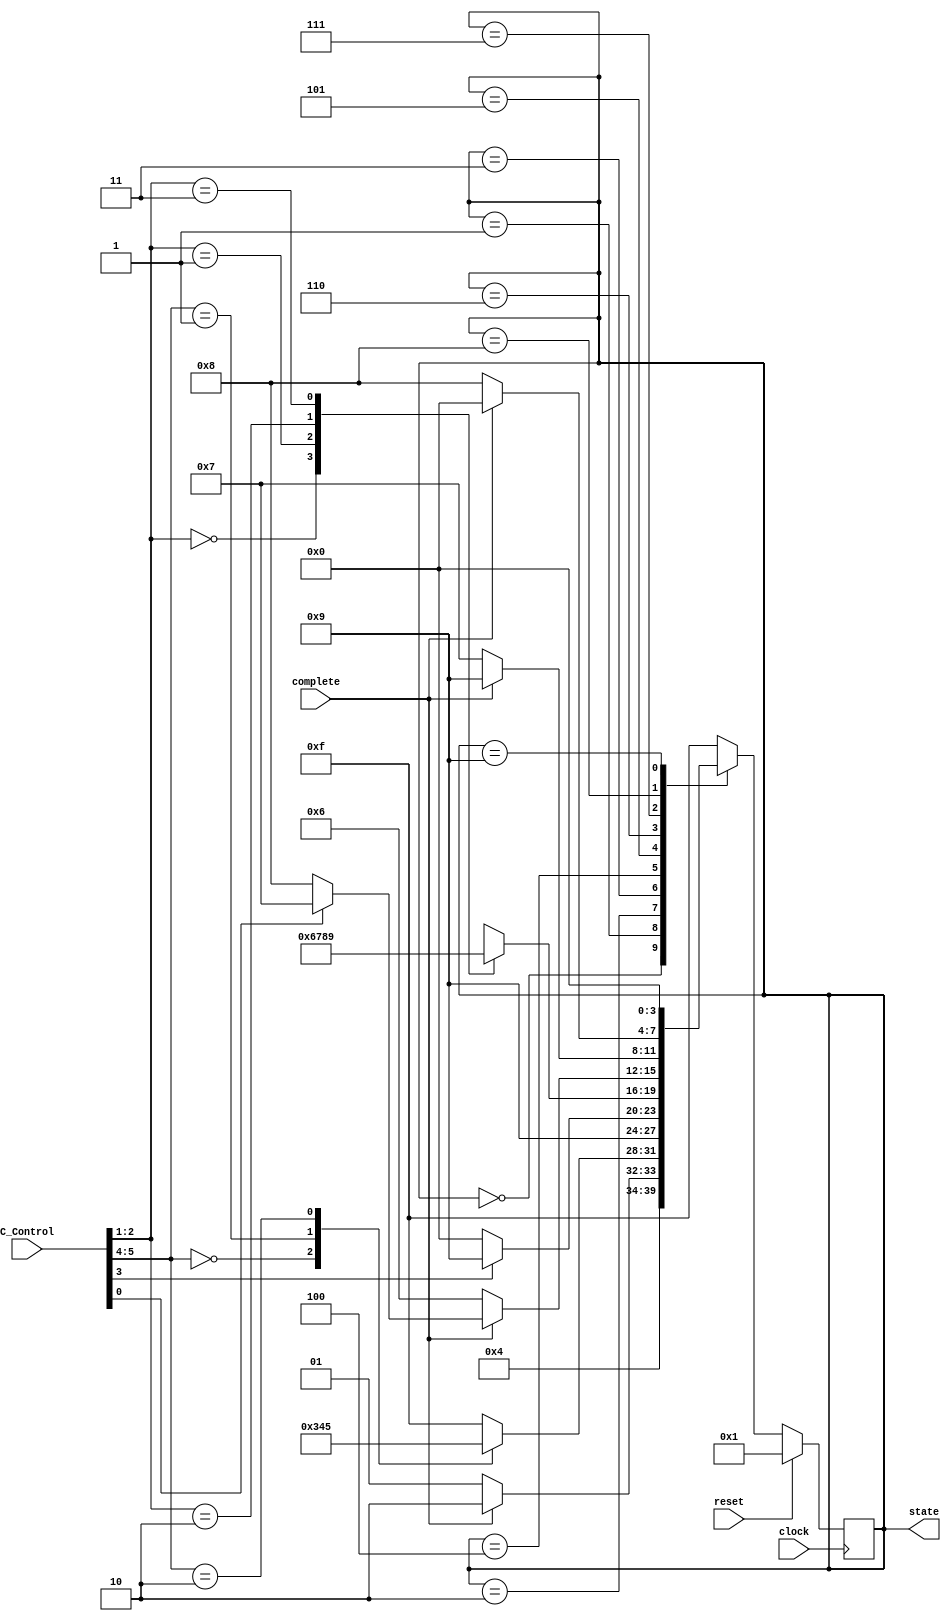
`timescale 1ns/100ps

module Controller(clock, reset, state, C_Control, complete) ;
	input clock, reset ;
	output reg [3:0] state ;
	input [5:0] C_Control ;
	input complete ;
	
	wire Load ;
	wire [1:0] MAM ;
	wire storePC ;
	wire [1:0] instrType ;
	
	assign Load = C_Control[0] ;
	assign MAM = C_Control[2:1] ;
	assign storePC = C_Control[3] ;
	assign instrType = C_Control[5:4] ;
	
	always@(posedge clock)
		if(reset) state = 1 ;
		else
			case(state)
				0: state = 1 ;					// Update PC
				1: state = complete ? 2 : 1 ;			// Fetch Instruction
				2: case(instrType) 				// Decode
					0: state = 3 ;
					1: state = 4 ;
					2: state = 5 ;
					default: state = 15 ;
				   endcase
				3: state = 9 ;					// Execute ALU Operations
				4: state = storePC ? 9 : 0 ;			// Compute Target PC
				5: case(MAM)					// Compute Memory Address
					0: state = 6 ;
					1: state = 7 ;
					2: state = 8 ;
					3: state = 9 ;
					default: state = 15 ;
				   endcase
				6: state = complete ? (Load ? 7 : 8) : 6 ;	// Indirect Address Read
				7: state = complete ? 9 : 7 ;			// Read Memory
				8: state = complete ? 0 : 8 ;			// Write Memory
				9: state = 0 ;					// Update Register File
				default: state = 15 ;				// Invalid State
			endcase
endmodule


module Controller_testBench ;
	reg clock, reset, complete ;
	reg [5:0] C_Control ;
	wire [3:0] state ;

	always@(state)
			case(state)
				0: $display($time, " 0 Update PC") ;
				1: $display($time, " 1 Fetch Instruction") ;
				2: $display($time, " 2 Decode") ;
				3: $display($time, " 3 Execute ALU Operations") ;
				4: $display($time, " 4 Compute Target PC") ;
				5: $display($time, " 5 Compute Memory Address") ;
				6: $display($time, " 6 Indirect Address Read") ;
				7: $display($time, " 7 Read Memory") ;
				8: $display($time, " 8 Write Memory") ;
				9: $display($time, " 9 Update Register File") ;
				default: $display($time, "15 Invalid State") ;
			endcase
	initial
	begin
	//$shm_open("waves.db");
  	//$shm_probe("AS");
	
	
		
	
	clock = 0; reset = 1 ; complete = 0 ; 
	#10 reset = 0 ;
	#10 C_Control = 6'b000000 ;
	#10 complete = 1 ;
	#10
	#10
	#10
	#10
	#10 complete = 0 ;
	#10 reset = 1 ; 
	#10 reset = 0 ;
	#10 C_Control = 6'b011000 ;
	#10 complete = 1 ;
	#10
	#10 
	#10 
	#10
	#10
	#10
	#10 C_Control = 6'b101000 ;
	#10
	#10
	#10 
	#10 complete = 0 ;
	#10 reset = 1 ;
	#10 reset = 0 ;
	#10 C_Control = 6'b100010 ;
	#10 complete = 1 ;
	#10 
	#10
	#10
	#10
	#10
	#10 reset =1 ; C_Control = 6'b100000 ; complete = 0 ;
	#10 reset = 0 ; complete = 1 ;
	#10
	#10
	#10
	#10
	#10
	#10
	#10
	#10 
	#10 $finish;
 	end
	always  #5 clock = ~clock ;
	Controller testController(clock, reset, state, C_Control, complete);

endmodule